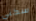
سكني